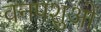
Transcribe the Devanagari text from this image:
वनपशुओं